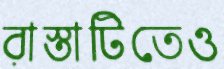
রাস্তাটিতেও